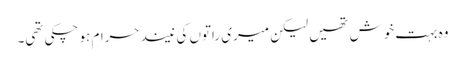
وہ بہت خوش تھیں لیکن میری راتوں کی نیند حرام ہو چکی تھی۔